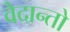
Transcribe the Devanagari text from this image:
वेदान्तो